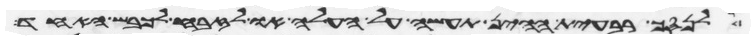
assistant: לנסך רבעית ההין תעשה על העלה או לזבח לכבש האחד